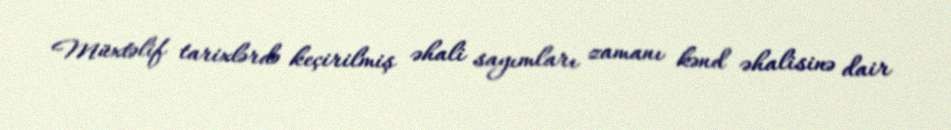
Müxtəlif tarixlərdə keçirilmiş əhali sayımları zamanı kənd əhalisinə dair